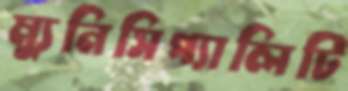
ম্যুনিসিপ্যালিটি